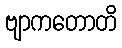
ဗျာကတောတိ